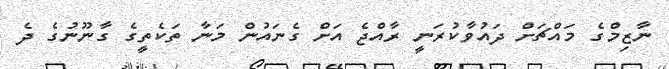
ނާޒިމްގެ މައްޗަށް ދައުވާކުރަނީ ރާއްޖެ އަށް ގެނައުން މަނާ ތަކެތީގެ ގާނޫނުގެ ދެ